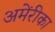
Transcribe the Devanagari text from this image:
अमेंरीका